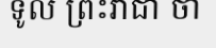
ទូល ព្រះរាជា ថា